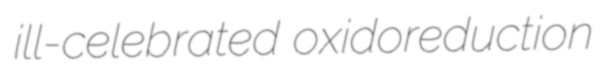
ill-celebrated oxidoreduction